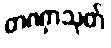
တဏှာသုတ်